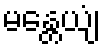
မန္တေယျံ